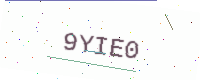
Text: 9YIE0